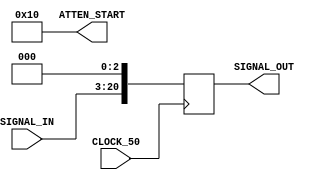

/*
module Transmitter(CLOCK_50, SIGNAL_IN, SIGNAL_OUT, ATTEN_START);
	input CLOCK_50; //pulse generation
	input [29:0] SIGNAL_IN; //input signal after modulation
	output [32:0] SIGNAL_OUT; //output signal after adding with pulse
	output [4:0] ATTEN_START; //output signal used to measure attenuation
	
	reg [32:0] SIGNAL_OUT;
	wire [4:0] ATTEN_START;
	
	always@(posedge CLOCK_50) begin
		SIGNAL_OUT <= {SIGNAL_IN, 3'b0};
	end

	assign ATTEN_START = 5'd16; //known value for signal attenuation

endmodule 
*/
//To be used after compression/modulation is confirmed to be working
module Transmitter(CLOCK_50, SIGNAL_IN, SIGNAL_OUT, ATTEN_START);
	input CLOCK_50; //pulse generation
	input [17:0] SIGNAL_IN; //input signal after modulation
	//output [20:0] SIGNAL_OUT; //output signal after adding with pulse
	output [20:0] SIGNAL_OUT;
	output [4:0] ATTEN_START; //output signal used to measure attenuation
	
	reg [20:0] SIGNAL_OUT;
	wire [4:0] ATTEN_START;
	
	always@(posedge CLOCK_50) begin
		SIGNAL_OUT <= {SIGNAL_IN, 3'b0};
		//SIGNAL_OUT <= {SIGNAL_IN, 18'b0};
	end

	assign ATTEN_START = 5'd16; //known value for signal attenuation
endmodule

module Transmitter_text (CLOCK_50, SIGNAL_IN, SIGNAL_OUT, ATTEN_START);
	input CLOCK_50; //pulse generation
	input [17:0] SIGNAL_IN; //input signal after modulation
	//output [20:0] SIGNAL_OUT; //output signal after adding with pulse
	output [35:0] SIGNAL_OUT;
	output [4:0] ATTEN_START; //output signal used to measure attenuation
	
	reg [35:0] SIGNAL_OUT;
	wire [4:0] ATTEN_START;
	
	always@(posedge CLOCK_50) begin
		//SIGNAL_OUT <= {SIGNAL_IN, 3'b0};
		SIGNAL_OUT <= {SIGNAL_IN, 18'b0};
	end

	assign ATTEN_START = 5'd16; //known value for signal attenuation

endmodule